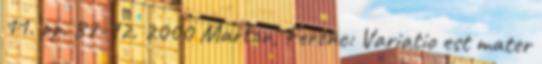
11. pp. 87-92. 2000 Marton, Ferenc: Variatio est mater